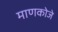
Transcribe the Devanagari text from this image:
माणकोजे